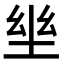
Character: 𡋢